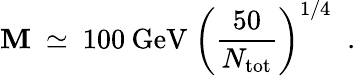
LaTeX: \mathbf{M}\ \simeq\ 100\: \mathrm{{GeV}}\ \left(\frac{{50}}{{N_{\mathrm{{tot}}}}}\right)^{1/4}\; \; .